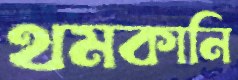
থমকানি